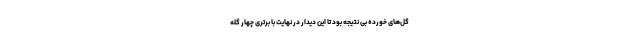
گل‌های خورده بی نتیجه بود تا این دیدار در نهایت با برتری چهار گله